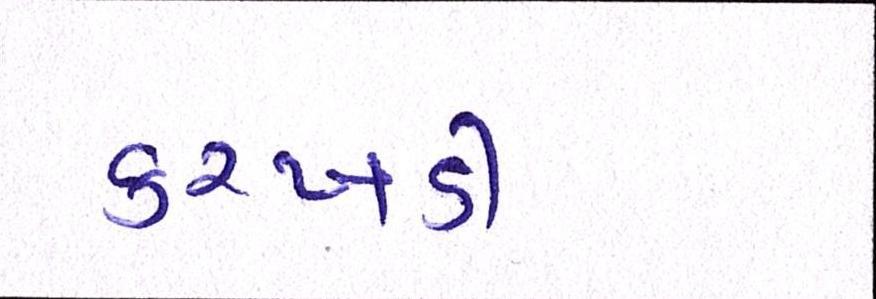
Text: કરખડી